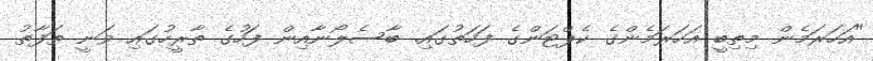
"އަހަރަމެން މިތިބީ އަހަރަމެންގެ ކެޕްޓަންގެ ފަހަތުގައި. ބާސެލޯނާއިން ފަހުގެ ތާރީހުގައި ވަނީ ތަފާތު